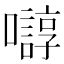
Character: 𫬛